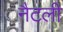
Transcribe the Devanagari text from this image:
नैटली